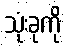
သုံးခုကို